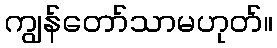
ကျွန်တော်သာမဟုတ်။